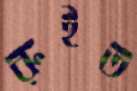
রুইত